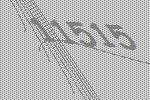
11515